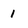
Character: i